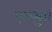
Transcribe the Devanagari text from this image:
एल्ब्युरा